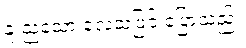
နူးညံ့သော လေသံဖြင့် ပြောသည်။